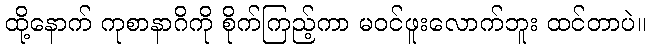
ထို့နောက် ကုစာနာဂိကို စိုက်ကြည့်ကာ မဝင်ဖူးလောက်ဘူး ထင်တာပဲ။